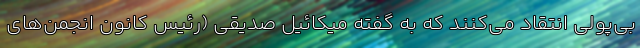
بی‌پولی انتقاد می‌کنند که به گفته میکائیل صدیقی (رئیس کانون انجمن‌های